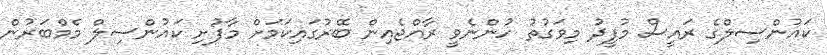
ކައުންސިލްގެ ރައީސް މުފީދު މިވަގުތު ހުންނެވީ ރާއްޖެއިން ބޭރުގައިކަމަށް މާފުށި ކައުންސިލް މެމްބަރުން